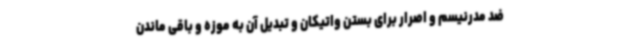
ضد مدرنیسم و اصرار برای بستن واتیکان و تبدیل آن به موزه و باقی ماندن